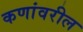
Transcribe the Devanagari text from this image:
कणांवरील